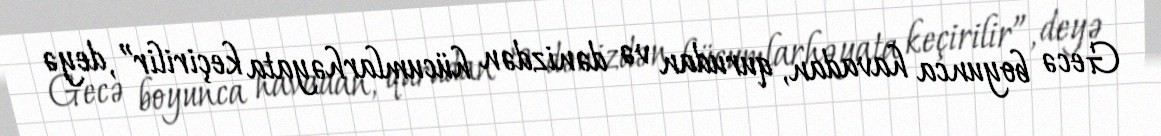
Gecə boyunca havadan, qurudan və dənizdən hücumlarhəyata keçirilir”, deyə